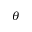
\theta